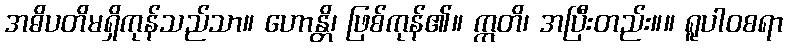
အဓိပတိမရှိကုန်သည်သာ။ ဟောန္တိ၊ ဖြစ်ကုန်၏။ ဣတိ၊ အပြီးတည်း။။ ရူပါဝစရာ